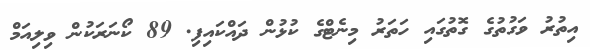
އިތުރު ވަގުތުގެ ގޮތުގައި ހަތަރު މިނެޓްގެ ކުޅުން ދައްކައިފި. 89 ކޯނަރަކުން ވިލިއަމް